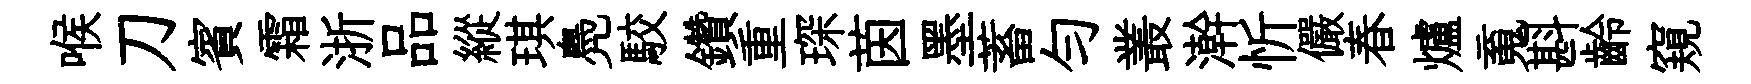
喉刀賓霜浙品縱琪鳧駮鑽重琛茵墨蓄勻叢澣忻儼春爐䰟斟齡窺